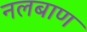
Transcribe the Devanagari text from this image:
नलबाण